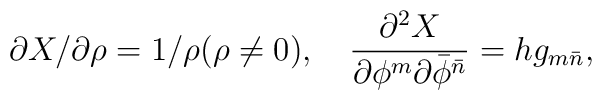
{\partial X / \partial \rho} = 1/ \rho (\rho \neq 0),\quad\frac{\partial^2 X}{\partial \phi^m \partial {\bar \phi}^{\bar n}}=  hg_{m{\bar n}},